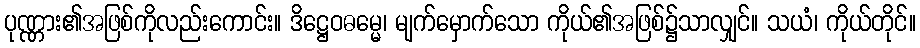
ပုဏ္ဏား၏အဖြစ်ကိုလည်းကောင်း။ ဒိဋ္ဌေဝဓမ္မေ၊ မျက်မှောက်သော ကိုယ်၏အဖြစ်၌သာလျှင်။ သယံ၊ ကိုယ်တိုင်။